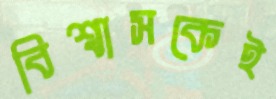
বিশ্বাসকেই